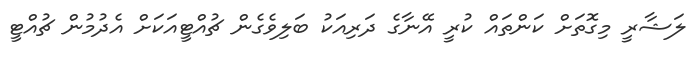
ލަޝާރީ މިގޮތަށް ކަންތައް ކުރީ އޭނާގެ ދަރިއަކު ބަލިވެގެން ޗުއްޓީއަކަށް އެދުމުން ޗުއްޓީ